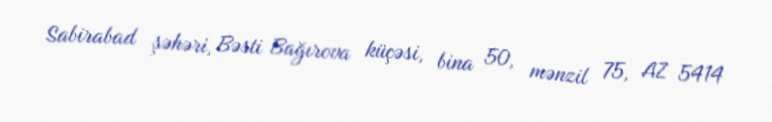
Sabirabad şəhəri, Bəsti Bağırova küçəsi, bina 50, mənzil 75, AZ 5414